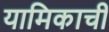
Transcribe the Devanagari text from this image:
यामिकाची